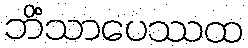
ဘိံသာပေဿထ